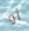
أو